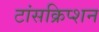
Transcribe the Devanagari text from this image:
टांसक्रिप्शन